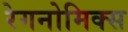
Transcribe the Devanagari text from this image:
रेगनोमिक्स